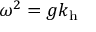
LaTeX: \omega ^ { 2 } = g k _ { \mathrm { { h } } }